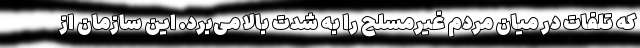
که تلفات در میان مردم غیرمسلح را به شدت بالا می‌برد. این سازمان از